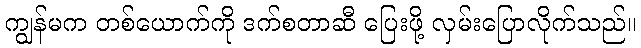
ကျွန်မက တစ်ယောက်ကို ဒက်စတာဆီ ပြေးဖို့ လှမ်းပြောလိုက်သည်။